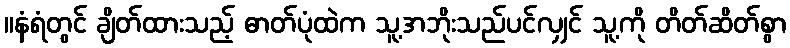
။နံရံတွင် ချိတ်ထားသည့် ဓာတ်ပုံထဲက သူ့အဘိုးသည်ပင်လျှင် သူ့ကို တိတ်ဆိတ်စွာ